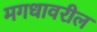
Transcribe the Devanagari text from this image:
मगधावरील